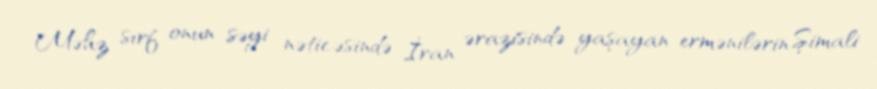
Məhz sırf onun səyi nəticəsində İran ərazisində yaşayan ermənilərin Şimali